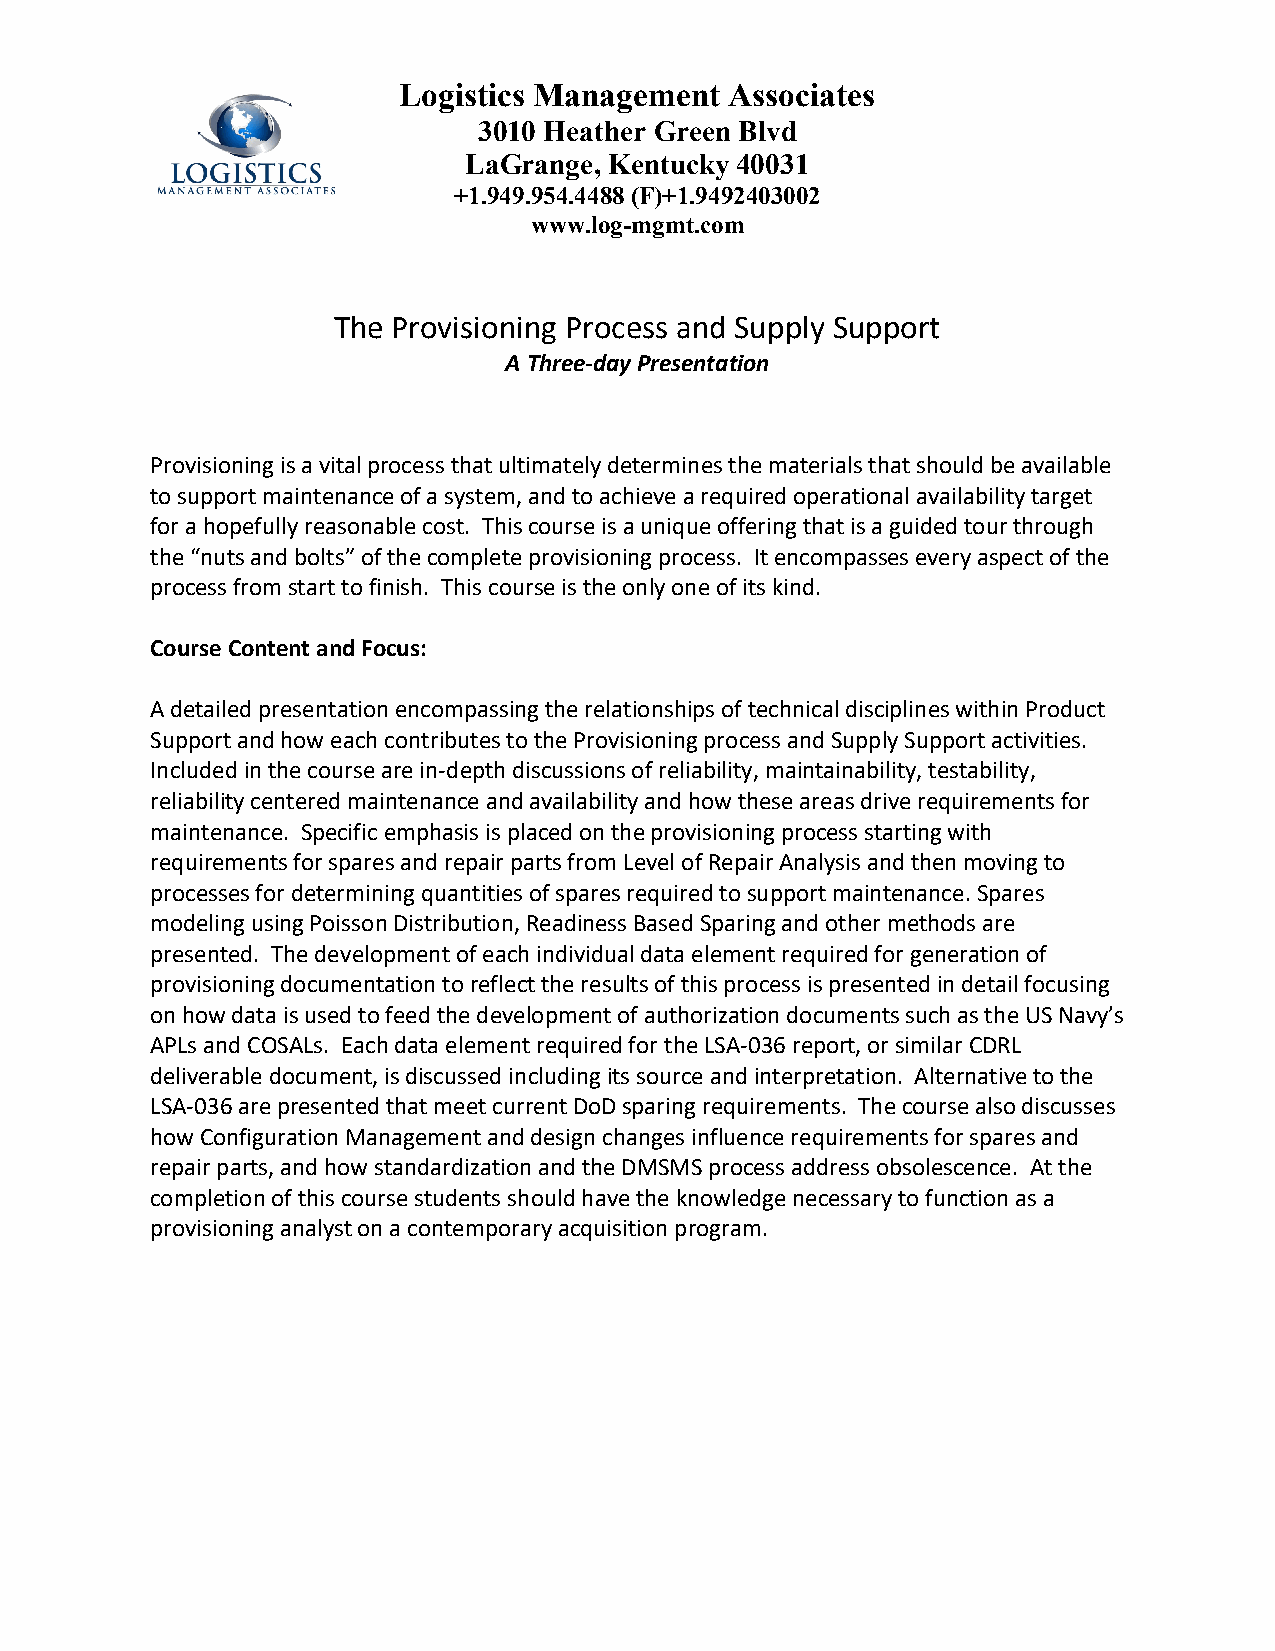
Logistics Management  Associates
 3010 Heather Green Blvd
 LaGrange, Kentucky 40031
 +1.949.954.4488 (F)+1.9492403002
 www.log-mgmt.com
 The Provisioning Process and Supply Support
 A Three-day Presentation
 Provisioning is a vital process that ultimately determines the materials that should be available
 to support maintenance of a system, and to achieve a required operational availability target
 for a hopefully reasonable cost. This course is a unique offering that is a guided tour through
 the “nuts and bolts” of the complete provisioning process. It encompasses every aspect of the
 process from start to finish. This course is the only one of its kind.
 Course Content and Focus:
 A detailed presentation encompassing the relationships of technical disciplines within Product
 Support and how each contributes to the Provisioning process and Supply Support activities.
 Included in the course are in-depth discussions of reliability, maintainability, testability,
 reliability centered maintenance and availability and how these areas drive requirements for
 maintenance. Specific emphasis is placed on the provisioning process starting with
 requirements for spares and repair parts from Level of Repair Analysis and then moving to
 processes for determining quantities of spares required to support maintenance. Spares
 modeling using Poisson Distribution, Readiness Based Sparing and other methods are
 presented. The development of each individual data element required for generation of
 provisioning documentation to reflect the results of this process is presented in detail focusing
 on how data is used to feed the development of authorization documents such as the US Navy’s
 APLs and COSALs. Each data element required for the LSA-036 report, or similar CDRL
 deliverable document, is discussed including its source and interpretation. Alternative to the
 LSA-036 are presented that meet current DoD sparing requirements. The course also discusses
 how Configuration Management and design changes influence requirements for spares and
 repair parts, and how standardization and the DMSMS process address obsolescence. At the
 completion of this course students should have the knowledge necessary to function as a
 provisioning analyst on a contemporary acquisition program.